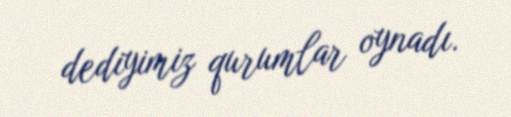
dediyimiz qurumlar oynadı.